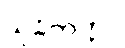
သုခိတတ္တာ